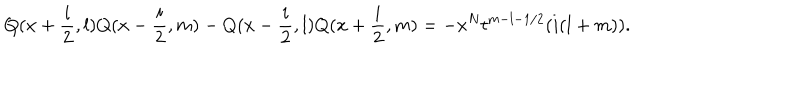
Q ( x + \frac { i } { 2 } , l ) Q ( x - \frac { i } { 2 } , m ) - Q ( x - \frac { i } { 2 } , l ) Q ( x + \frac { i } { 2 } , m ) = - x ^ { N } t ^ { m - l - 1 / 2 } ( i ( l + m ) ) .